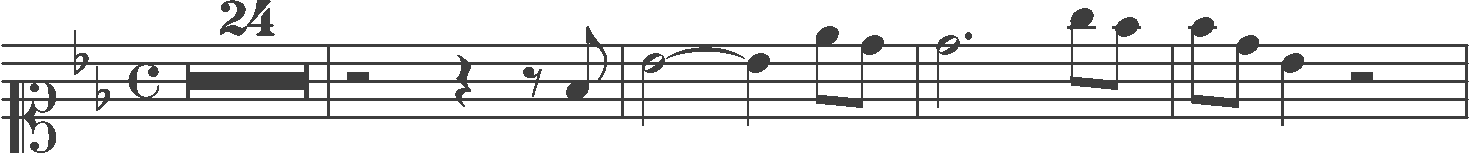
Transcription: clef-C1 keySignature-BbM timeSignature-C multirest-24 barline rest-half rest-quarter rest-eighth note-F4_eighth barline note-Bb4_half tie note-Bb4_quarter note-Eb5_eighth note-D5_eighth barline note-D5_half. note-G5_eighth note-F5_eighth barline note-F5_eighth note-D5_eighth note-Bb4_quarter rest-half barline